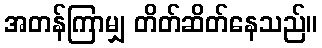
အတန်ကြာမျှ တိတ်ဆိတ်နေသည်။